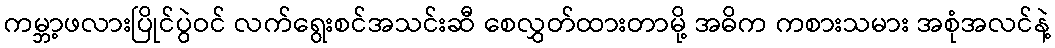
ကမ္ဘာ့ဖလားပြိုင်ပွဲဝင် လက်ရွေးစင်အသင်းဆီ စေလွှတ်ထားတာမို့ အဓိက ကစားသမား အစုံအလင်နဲ့